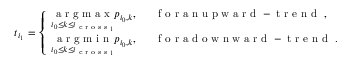
t _ { i _ { 1 } } = \left\{ \begin{array} { l l } { \underset { i _ { 0 } \leq k \leq i _ { \textrm { c r o s s } _ { 1 } } } { \textrm { a r g m a x } } p _ { i _ { 0 } , k } , } & { \mathrm { ~ \textrm ~ { ~ f ~ o ~ r ~ a ~ n ~ u ~ p ~ w ~ a ~ r ~ d ~ - ~ t ~ r ~ e ~ n ~ d ~ } ~ } , } \\ { \underset { { i _ { 0 } \leq k \leq i _ { \textrm { c r o s s } _ { 1 } } } } { \textrm { a r g m i n } } p _ { i _ { 0 } , k } , } & { \mathrm { ~ \textrm ~ { ~ f ~ o ~ r ~ a ~ d ~ o ~ w ~ n ~ w ~ a ~ r ~ d ~ - ~ t ~ r ~ e ~ n ~ d ~ } ~ . ~ } } \end{array} \right.